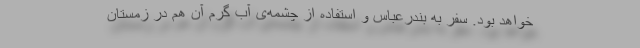
خواهد بود. سفر به بندرعباس و استفاده از چشمه‌ی آب گرم آن هم در زمستان